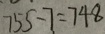
7 5 5 - 7 = 7 4 8